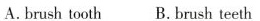
A.brush tooth B. Brush teeth